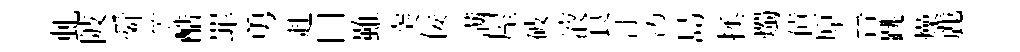
虬陂舜笠酷罪勇赴口雖突佞满屋破液良汀污島拯燭債原晉跳燥䴡